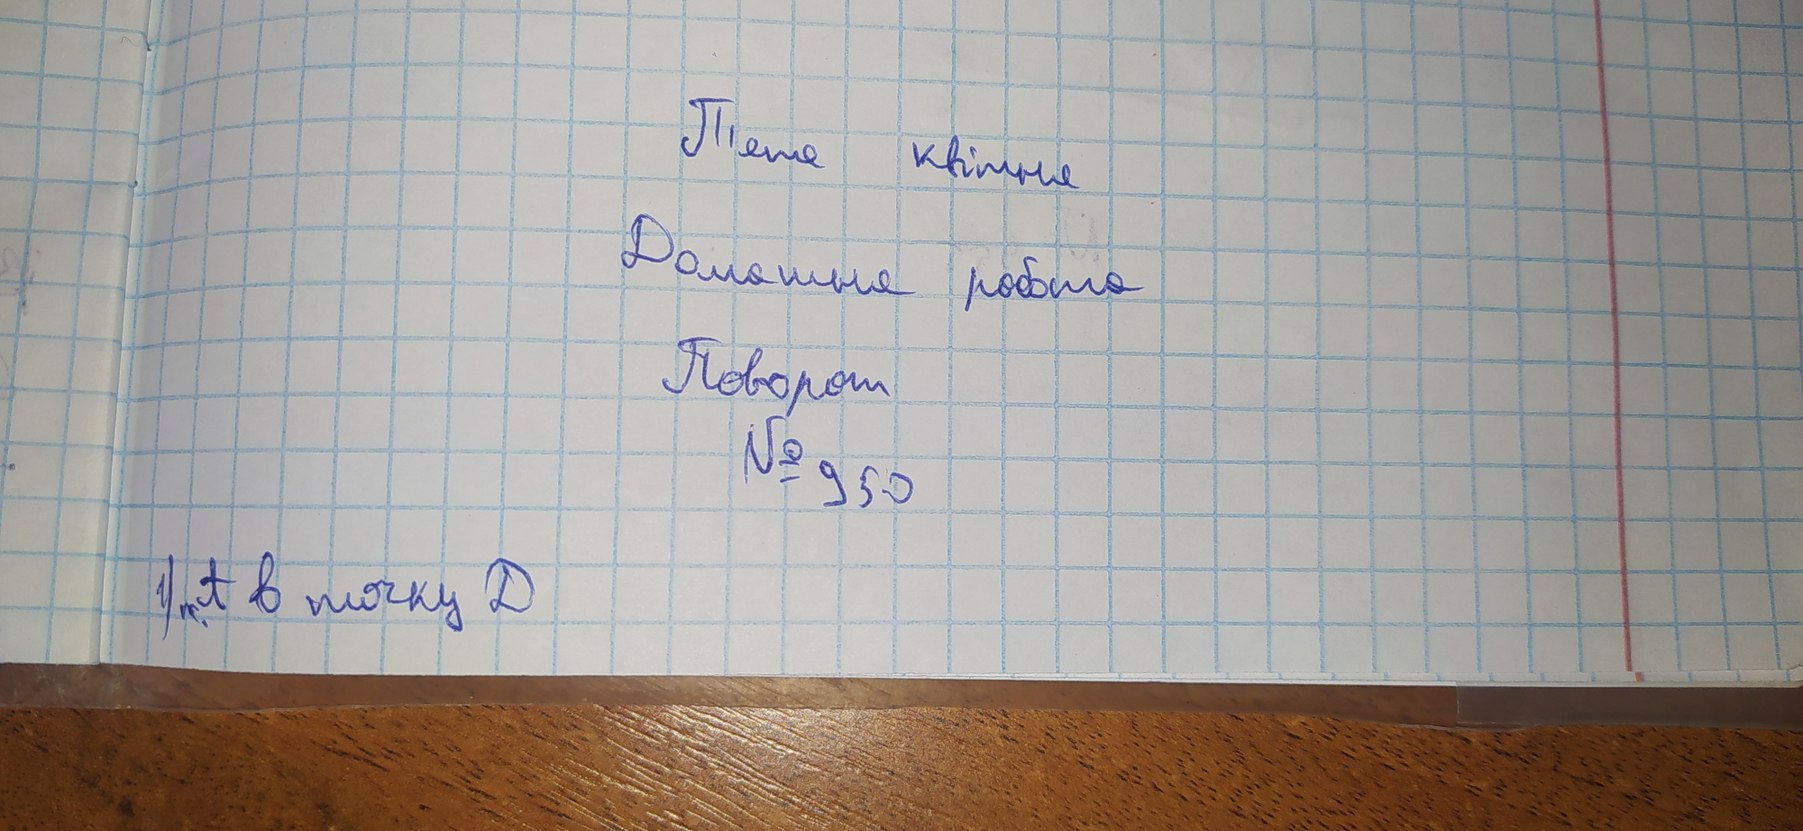
П'яте квітня
Домашня робота
Поворот
1) п. А в точку Д